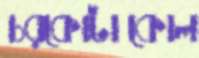
চরকোটাকোল